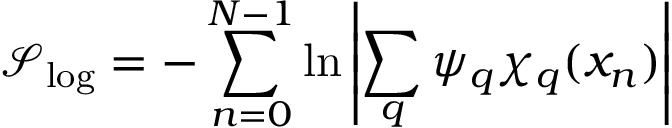
\mathcal { S } _ { \mathrm { l o g } } = - \sum _ { n = 0 } ^ { N - 1 } \ln \left| \sum _ { q } \psi _ { q } \chi _ { q } ( x _ { n } ) \right|